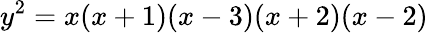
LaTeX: y^{2}=x(x+1)(x-3)(x+2)(x-2)